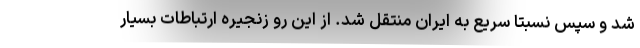
شد و سپس نسبتا سریع به ایران منتقل شد. از این رو زنجیره ارتباطات بسیار